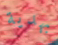
بهدية